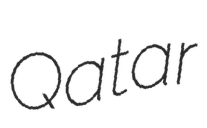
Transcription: Qatar